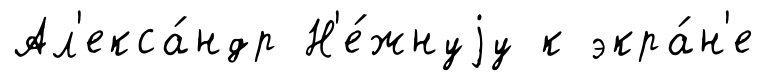
Ал'екса́ндр Н'е́жнуjу к экра́н'е